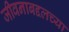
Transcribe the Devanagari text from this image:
जीवनाबद्दलच्या